Report on sanitation, dispensaries, and jails in Rajputana for 1914, and on vaccination for the year 1914-1915 - 1914-1915
Year: 1914
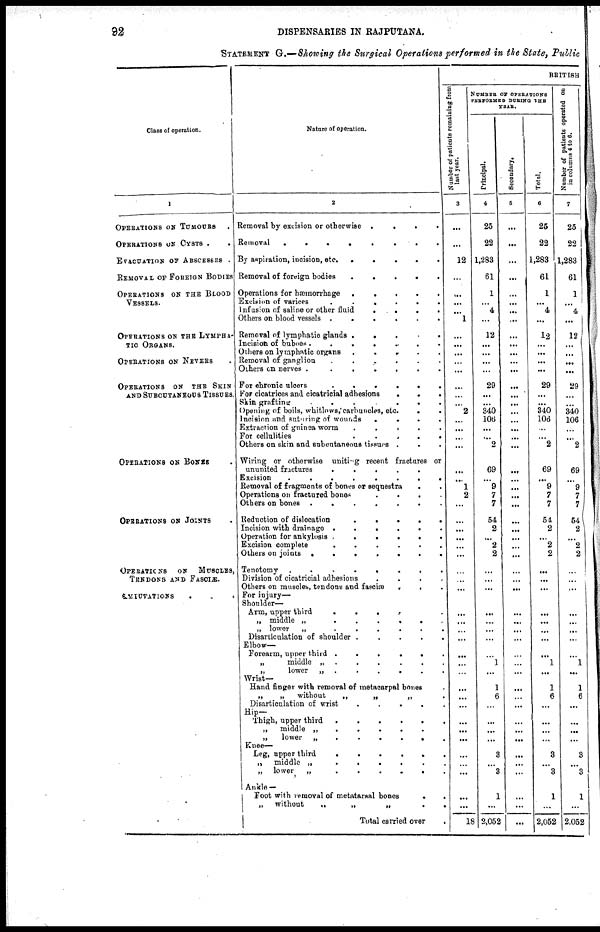
92
DISPENSARIES IN RAJPUTANA.
STATEMENT G.—Showing the Surgical Operations performed in the State, Public
Class of operation.
1
OPERATIONS ON TUMOURS .
OPERATIONS ON CYSTS . .
EVACUATION ON ABSCESSES .
REMOVAL OF FOREIGN BODIES
OPERATIONS ON THE BLOOD
VESSELS.
OPERATIONS ON THE LYMPHA¬
TIC ORGANS.
OPERATIONS ON NEVERS .
OPERATIONS ON THE SKIN
AND SUBCUTANEOUS TISSUES.
OPERATIONS ON BONES .
OPERATIONS ON JOINTS .
OPERATIONS
ON
MUSCLES,
TRNDONS AND FASCIÆ.
EMIUTATIONS
.
. .
Nature of operation.
2
Removal by excision or otherwise .
.
.
Removal
.
.
.
.
.
.
.
.
By aspiration, incision, etc.
.
.
.
.
.
Removal of foreign bodies
.
.
.
.
Operations for hæmorrhage
.
.
.
.
.
Excision of varices
.
.
.
.
.
.
Infusion of saline or other
fluid
.
.
.
.
Others on blood vessels .
.
.
.
.
.
Removal of lymphatic glands .
.
.
.
Incision of buboes .
.
.
.
.
.
.
Others on lymphatic organs
.
.
.
.
.
Removal of ganglion
.
.
.
.
.
.
Others on nerves .
.
.
.
.
.
.
For chronic ulcers
.
.
.
.
.
.
For cicatrices and cicatricial adhesions
.
.
.
Skin grafting
.
.
.
.
.
.
Opening of boils, whitlows, carbuncles, etc
.
. .
Incision and suturing of wounds
.
.
.
.
Extraction of guinea worm
. . . . .
For cellulities
.
.
.
.
.
Others on skin and subcutaneous tissues . . .
Wiring or otherwise uniting recent fractures or
ununited fractures
.
.
.
.
.
Excision
.
.
.
.
.
.
.
.
Removal of fragments of bones or sequestra
. .
Operations on fractured bones
.
.
.
.
Others on bones .
.
.
.
.
.
.
Reduction of dislocation
.
.
.
.
.
Incision with drainage .
.
.
.
.
.
Operation for ankylosis .
.
.
.
.
.
Excision complete
.
.
.
.
.
.
Others on joints .
.
.
.
.
.
.
Tenotomy
.
. . . .
Division of cicatricial adhesions
.
.
.
.
Others on muscles, tendons and fasciœ
.
. . .
For injury—
Shoulder—
Arm, upper third
.
.
.
.
„ middle „
.
.
.
.
.
. .
„ lower
„
.
.
.
.
.
.
Disarticulation of shoulder . . . . .
Elbow—
Forearm, upper third .
.
.
.
.
.
„
middle „ .
.
.
.
.
.
„
lower
„ .
.
.
.
.
.
Wrist—
Hand finger with removal of metacarpal bones
„
„
without
„
„
„ .
Disarticulation of wrist
. . . . .
Hip—
Thigh, upper third
.
.
.
.
.
.
„
middle „
.
.
.
.
.
„
lower
„
.
.
.
.
.
.
Knee—
Leg, upper third
.
.
.
.
.
.
„
middle „
.
.
.
.
.
„
lower
„
.
.
.
.
.
.
Ankle —
Foot with removal of metatarsal bones . .
„
without
„
„
„
.
.
Total carried over
.
BRITISH
Number of patients remaining from
last year.
3
...
...
12
...
...
...
...
1
...
...
...
...
...
...
...
...
2
...
...
...
...
...
...
1
2
...
...
...
...
...
...
...
...
...
...
...
...
...
...
...
...
...
...
...
...
...
...
...
...
...
...
18
NUMBER OF OPERATIONS
PERFORMED DURING THE
YEAR.
Principal.
4
25
22
1,283
61
1
...
4
...
12
...
...
...
...
29
...
...
340
106
...
...
2
69
...
9
7
7
54
2
...
2
2
...
...
...
...
...
...
...
...
1
...
1
6
...
...
...
...
3
...
3
1
...
2,052
Secondary.
5
...
...
...
...
...
...
...
...
...
...
...
...
...
...
...
...
...
...
...
...
...
...
...
...
...
...
...
...
...
...
...
...
...
...
...
...
...
...
...
...
...
...
...
...
...
...
...
...
...
...
...
...
...
Total.
6
25
22
1,283
61
1
...
4
...
12
...
...
...
29
...
...
340
106
...
...
2
69
...
9
7
7
54
2
...
2
2
...
...
...
...
...
...
...
1
...
1
6
...
...
...
...
3
...
3
1
...
2,052
Number of patients operated on
in columns 4 to 6.
7
25
22
1,283
61
1
...
4
...
12
...
...
...
...
29
...
...
340
106
...
...
2
69
...
9
7
7
54
2
...
2
2
...
...
...
...
...
...
...
1
...
1
6
...
...
...
...
3
...
3
1
...
2,052